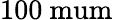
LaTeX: \mathrm{100\ mum}